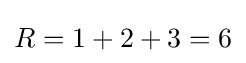
R=1+2+3=6